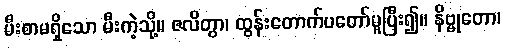
မီးစာမရှိသော မီးကဲ့သို့။ ဇလိတွာ၊ ထွန်းတောက်ပတော်မူပြီး၍။ နိဗ္ဗုတော၊